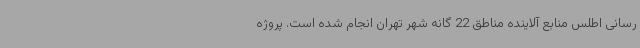
رسانی اطلس منابع آلاینده مناطق 22 گانه شهر تهران انجام شده است. پروژه